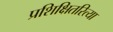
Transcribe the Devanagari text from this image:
प्रशिक्षितरित्या